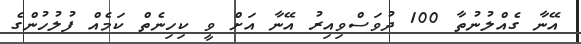
އޭނާ ގެއްލުނުތާ 100 ދުވަސްވިއިރު އޭނާ އަށް ވީ ކިހިނެތް ކަމެއް ފުލުހުންގެ